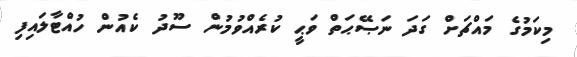
މިކަމުގެ މައްޗަށް ގަދަ ނަޞޭޙަތް ވަޙީ ކުރެއްވުމުން ސޫދު ކެއުން ހުއްޓާލައިފި